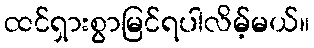
ထင်ရှားစွာမြင်ရပါလိမ့်မယ်။